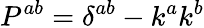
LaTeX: P^{ab}=\delta^{ab}-k^{a}k^{b}